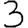
Digit: 3